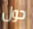
حول